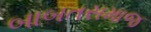
બાબતસમાજ